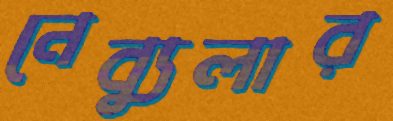
নেব্যুলার